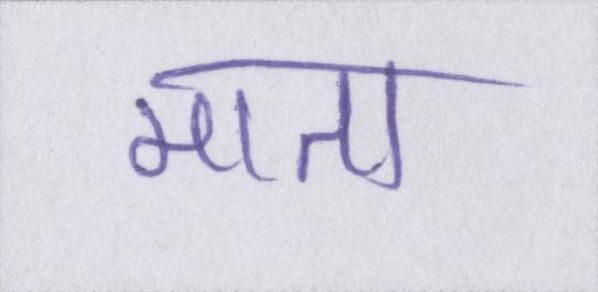
माता